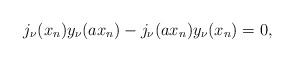
LaTeX: \begin{align*}j_\nu (x_n) y_\nu (a x_n) - j_\nu (a x_n) y_\nu (x_n)=0,\end{align*}